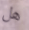
هل